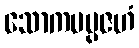
သောကမပ္ပဇဟံ